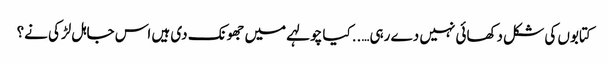
کتابوں کی شکل دکھائی نہیں دے رہی…..کیا چولہے میں جھونک دی ہیں اس جاہل لڑکی نے؟